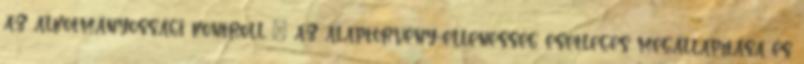
az alkotmányossági kontroll – az alaptörvény-ellenesség esetleges megállapítása és